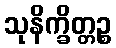
သုနိက္ခိတ္တဉ္စ